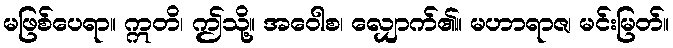
မဖြစ်ပေရာ။ ဣတိ၊ ဤသို့။ အဝေါစ၊ လျှောက်၏။ မဟာရာဇ၊ မင်းမြတ်။